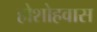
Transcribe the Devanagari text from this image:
होशोहवास